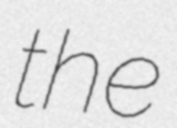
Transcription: the